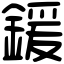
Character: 鍰